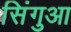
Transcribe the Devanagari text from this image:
सिंगुआ